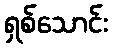
ရှစ်သောင်း